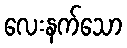
လေးနက်သော